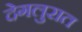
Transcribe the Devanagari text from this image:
देगलुरात